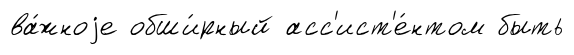
ва́жноjе обши́рный асс'ист'е́нтом быть